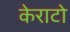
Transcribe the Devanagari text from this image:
केराटो